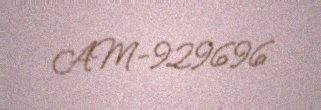
AM-929696